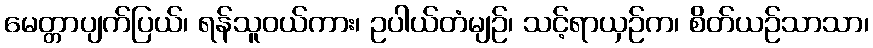
မေတ္တာပျက်ပြယ်၊ ရန်သူဝယ်ကား၊ ဥပါယ်တံမျဉ်၊ သင့်ရာယှဉ်က၊ စိတ်ယဉ်သာသာ၊